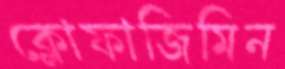
ক্লোফাজিমিন